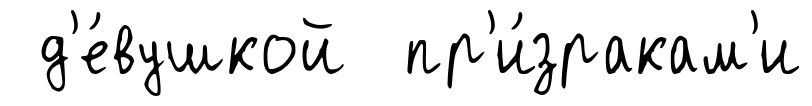
д'е́вушкой пр'и́зракам'и